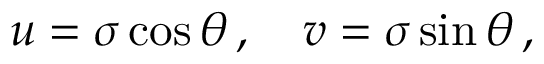
u = \sigma \cos \theta \, , \quad v = \sigma \sin \theta \, ,